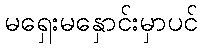
မရှေးမနှောင်းမှာပင်